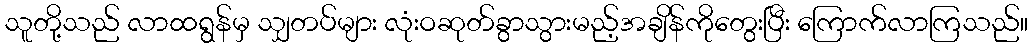
သူတို့သည် လာထရွန်မှ သျှတပ်များ လုံးဝဆုတ်ခွာသွားမည့်အချိန်ကိုတွေးပြီး ကြောက်လာကြသည်။